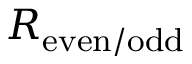
R _ { \mathrm { e v e n / o d d } }